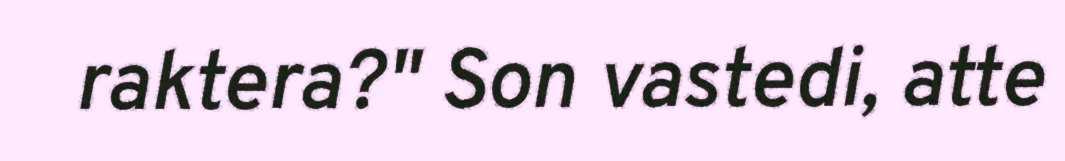
raktera?" Son vastedi, atte